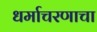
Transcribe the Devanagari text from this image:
धर्माचरणाचा